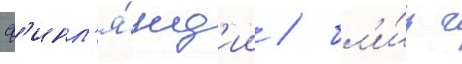
ф'инл'я́нд'ии / бл'и́з г